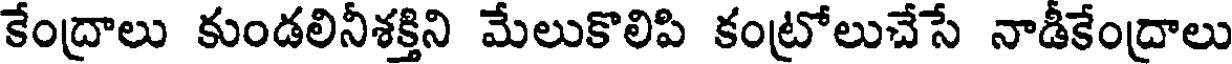
కేంద్రాలు కుండలినీశక్తిని మేలుకొలిపి కంట్రోలుచేసే నాడీకేంద్రాలు